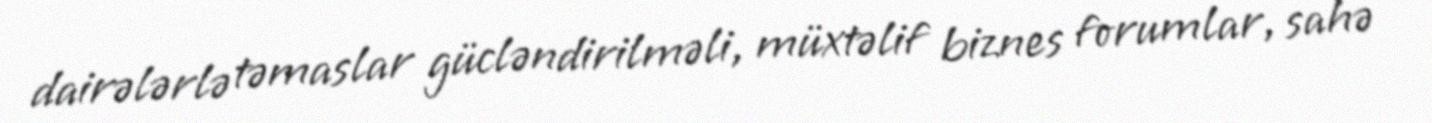
dairələrlə təmaslar gücləndirilməli, müxtəlif biznes forumlar, sahə